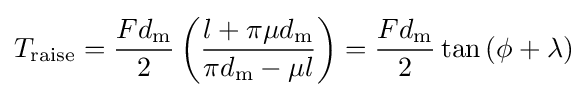
T_{\text{raise}}={\frac {Fd_{\text{m}}}{2}}\left({\frac {l+\pi \mu d_{\text{m}}}{\pi d_{\text{m}}-\mu l}}\right)={\frac {Fd_{\text{m}}}{2}}\tan {\left(\phi +\lambda \right)}